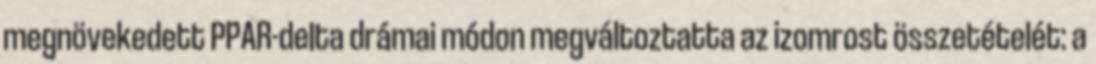
megnövekedett PPAR-delta drámai módon megváltoztatta az izomrost összetételét: a